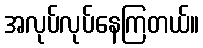
အလုပ်လုပ်နေကြတယ်။